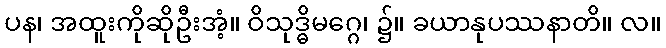
ပန၊ အထူးကိုဆိုဦးအံ့။ ဝိသုဒ္ဓိမဂ္ဂေ၊ ၌။ ခယာနုပဿနာတိ။ လ။